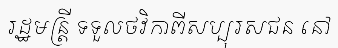
រដ្ឋមន្ត្រី ទទួលថវិកាពីសប្បុរសជន នៅ